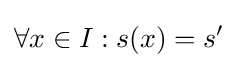
\forall x\in I:s(x)=s'